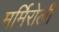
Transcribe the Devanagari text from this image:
मर्मिरोली